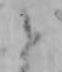
と